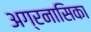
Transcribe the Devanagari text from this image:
अग्रनासिका